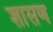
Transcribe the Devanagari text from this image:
शासण